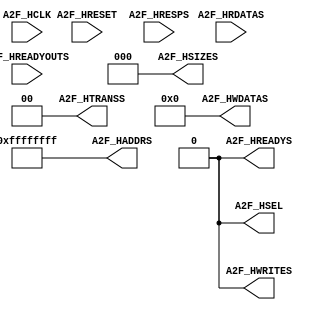

`timescale 1ns/10ps
module ahb_gen_bfm       (

                         A2F_HCLK,
                         A2F_HRESET,

                         A2F_HADDRS,
                         A2F_HSEL,
                         A2F_HTRANSS,
                         A2F_HSIZES,
                         A2F_HWRITES,
                         A2F_HREADYS,
                         A2F_HWDATAS,

                         A2F_HREADYOUTS,
                         A2F_HRESPS,
                         A2F_HRDATAS

			             );

parameter                ADDRWIDTH                   = 32;
parameter                DATAWIDTH                   = 32;

parameter                DEFAULT_AHB_ADDRESS         = {(ADDRWIDTH){1'b1}};

parameter                STD_CLK_DLY                 = 2;

parameter                ENABLE_AHB_REG_WR_DEBUG_MSG = 1'b1;
parameter                ENABLE_AHB_REG_RD_DEBUG_MSG = 1'b1;

parameter                TEST_MSG_ARRAY_SIZE         = (64 * 8);

input                    A2F_HCLK;
input                    A2F_HRESET;

output  [ADDRWIDTH-1:0]  A2F_HADDRS;
output                   A2F_HSEL;
output            [1:0]  A2F_HTRANSS;
output            [2:0]  A2F_HSIZES;
output                   A2F_HWRITES;
output                   A2F_HREADYS;
output  [DATAWIDTH-1:0]  A2F_HWDATAS;

input                    A2F_HREADYOUTS;
input                    A2F_HRESPS;
input   [DATAWIDTH-1:0]  A2F_HRDATAS;


wire                     A2F_HCLK;
wire                     A2F_HRESET;

reg     [ADDRWIDTH-1:0]  A2F_HADDRS;
reg                      A2F_HSEL;
reg               [1:0]  A2F_HTRANSS;
reg               [2:0]  A2F_HSIZES;
reg                      A2F_HWRITES;
reg                      A2F_HREADYS;
reg     [DATAWIDTH-1:0]  A2F_HWDATAS;

wire                     A2F_HREADYOUTS;
wire                     A2F_HRESPS;
wire    [DATAWIDTH-1:0]  A2F_HRDATAS;


reg	   [TEST_MSG_ARRAY_SIZE-1:0]  ahb_bfm_msg1;  
reg	   [TEST_MSG_ARRAY_SIZE-1:0]  ahb_bfm_msg2;  
reg	   [TEST_MSG_ARRAY_SIZE-1:0]  ahb_bfm_msg3;  
reg	   [TEST_MSG_ARRAY_SIZE-1:0]  ahb_bfm_msg4;  
reg    [TEST_MSG_ARRAY_SIZE-1:0]  ahb_bfm_msg5;  
reg    [TEST_MSG_ARRAY_SIZE-1:0]  ahb_bfm_msg6;  

initial
begin

    A2F_HADDRS   <=  DEFAULT_AHB_ADDRESS;  
    A2F_HSEL     <=  1'b0;                 
    A2F_HTRANSS  <=  2'h0;                 
    A2F_HSIZES   <=  3'h0;                 
    A2F_HWRITES  <=  1'b0;                 
    A2F_HREADYS  <=  1'b0;                 
    A2F_HWDATAS  <=  {(DATAWIDTH){1'b0}};  

	ahb_bfm_msg1 <= "NO ACTIVITY";		
	ahb_bfm_msg2 <= "NO ACTIVITY";		
	ahb_bfm_msg3 <= "NO ACTIVITY";		
	ahb_bfm_msg4 <= "NO ACTIVITY";		
    ahb_bfm_msg5 <= "NO ACTIVITY";      
    ahb_bfm_msg6 <= "NO ACTIVITY";      
end

`ifdef GSIM
task ahb_read_al4s3b_fabric;
input   [ADDRWIDTH-1:0]	TARGET_ADDRESS;        
input             [2:0]	TARGET_XFR_SIZE;       
output  [DATAWIDTH-1:0]	TARGET_DATA;           

reg     [DATAWIDTH-1:0]   read_data;

integer i, j, k;

begin

    @(posedge A2F_HCLK) #STD_CLK_DLY;

	ahb_bfm_msg1  = "AHB Single Read";
	ahb_bfm_msg2  = "Address Phase";
	ahb_bfm_msg3  = "SEQ";

    A2F_HADDRS    =  TARGET_ADDRESS;       


    A2F_HSEL      =  1'b1;                 
    A2F_HREADYS   =  1'b1;                 
    A2F_HTRANSS   =  2'h2;                 

    A2F_HSIZES    =  TARGET_XFR_SIZE;      

    A2F_HWRITES   =  1'b0;                 
    A2F_HWDATAS   =  {(DATAWIDTH){1'b0}};  

    @(posedge A2F_HCLK) #STD_CLK_DLY;

	ahb_bfm_msg2  = "Data Phase";
	ahb_bfm_msg3  = "IDLE";
	ahb_bfm_msg4  = "Waiting for Slave";

    A2F_HADDRS    =  DEFAULT_AHB_ADDRESS;  
    A2F_HSEL      =  1'b0;                 
    A2F_HTRANSS   =  2'h0;                 
    A2F_HSIZES    =  3'h0;                 

	while (A2F_HREADYOUTS == 1'b0)
    begin
        @(posedge A2F_HCLK) #STD_CLK_DLY;
    end

    A2F_HREADYS   =  1'b0;             
    TARGET_DATA   = A2F_HRDATAS;       

	ahb_bfm_msg1 <= "NO ACTIVITY";
	ahb_bfm_msg2 <= "NO ACTIVITY";
	ahb_bfm_msg3 <= "NO ACTIVITY";
	ahb_bfm_msg4 <= "NO ACTIVITY";
	ahb_bfm_msg5 <= "NO ACTIVITY";
	ahb_bfm_msg6 <= "NO ACTIVITY";

end
endtask


task ahb_write_al4s3b_fabric;
input   [ADDRWIDTH-1:0]	TARGET_ADDRESS;        
input             [2:0]	TARGET_XFR_SIZE;       
input   [DATAWIDTH-1:0]	TARGET_DATA;           

reg     [DATAWIDTH-1:0]   read_data;

integer i, j, k;

begin

    @(posedge A2F_HCLK) #STD_CLK_DLY;

	ahb_bfm_msg1  = "AHB Single Write";
	ahb_bfm_msg2  = "Address Phase";
	ahb_bfm_msg3  = "SEQ";

    A2F_HADDRS    =  TARGET_ADDRESS;       

    A2F_HSEL      =  1'b1;                 
    A2F_HREADYS   =  1'b1;                 
    A2F_HTRANSS   =  2'h2;                 
	
    A2F_HSIZES    =  TARGET_XFR_SIZE;     

    A2F_HWRITES   =  1'b1;                
    A2F_HWDATAS   =  {(DATAWIDTH){1'b0}}; 

    @(posedge A2F_HCLK) #STD_CLK_DLY;

	ahb_bfm_msg2  = "Data Phase";
	ahb_bfm_msg3  = "IDLE";
	ahb_bfm_msg4  = "Waiting for Slave";

    A2F_HADDRS    =  DEFAULT_AHB_ADDRESS;  
    A2F_HSEL      =  1'b0;                 
    A2F_HTRANSS   =  2'h0;                 
    A2F_HSIZES    =  3'h0;                 
    A2F_HWDATAS   =  TARGET_DATA;          
    A2F_HWRITES   =  1'b0;                 

	while (A2F_HREADYOUTS == 1'b0)
    begin
        @(posedge A2F_HCLK) #STD_CLK_DLY;
    end

    A2F_HREADYS   =  1'b0;             
    TARGET_DATA   = A2F_HRDATAS;       

	ahb_bfm_msg1 <= "NO ACTIVITY";
	ahb_bfm_msg2 <= "NO ACTIVITY";
	ahb_bfm_msg3 <= "NO ACTIVITY";
	ahb_bfm_msg4 <= "NO ACTIVITY";
	ahb_bfm_msg5 <= "NO ACTIVITY";
	ahb_bfm_msg6 <= "NO ACTIVITY";

end
endtask

task ahb_read_word_al4s3b_fabric;
input   [ADDRWIDTH-1:0]	TARGET_ADDRESS;        
output  [DATAWIDTH-1:0]	TARGET_DATA;           

reg     [DATAWIDTH-1:0]   read_data;

integer i, j, k;

begin
	
    wait (A2F_HRESET == 0);
    @(posedge A2F_HCLK) #STD_CLK_DLY;

	ahb_bfm_msg1  = "AHB Single Read";
	ahb_bfm_msg2  = "Address Phase";
	ahb_bfm_msg3  = "SEQ";

    A2F_HADDRS    =  TARGET_ADDRESS;       

    A2F_HSEL      =  1'b1;                
    A2F_HREADYS   =  1'b1;                
    A2F_HTRANSS   =  2'h2;                

    A2F_HSIZES    =  3'b010;               

    A2F_HWRITES   =  1'b0;                 
    A2F_HWDATAS   =  {(DATAWIDTH){1'b0}};  

    @(posedge A2F_HCLK) #STD_CLK_DLY;

	ahb_bfm_msg2  = "Data Phase";
	ahb_bfm_msg3  = "IDLE";
	ahb_bfm_msg4  = "Waiting for Slave";


    A2F_HADDRS    =  DEFAULT_AHB_ADDRESS;  
    A2F_HSEL      =  1'b0;                 
    A2F_HTRANSS   =  2'h0;                 
    A2F_HSIZES    =  3'h0;                 

	while (A2F_HREADYOUTS == 1'b0)
    begin
        @(posedge A2F_HCLK) #STD_CLK_DLY;
    end

    A2F_HREADYS   =  1'b0;             
    TARGET_DATA   = A2F_HRDATAS;       

	ahb_bfm_msg1 <= "NO ACTIVITY";
	ahb_bfm_msg2 <= "NO ACTIVITY";
	ahb_bfm_msg3 <= "NO ACTIVITY";
	ahb_bfm_msg4 <= "NO ACTIVITY";
	ahb_bfm_msg5 <= "NO ACTIVITY";
	ahb_bfm_msg6 <= "NO ACTIVITY";

end
endtask


task ahb_write_word_al4s3b_fabric;
input   [ADDRWIDTH-1:0]	TARGET_ADDRESS;        
input   [DATAWIDTH-1:0]	TARGET_DATA;           

reg     [DATAWIDTH-1:0]   read_data;

integer i, j, k;

begin

	wait (A2F_HRESET == 0);
	
    @(posedge A2F_HCLK) #STD_CLK_DLY;


	ahb_bfm_msg1  = "AHB Single Write";
	ahb_bfm_msg2  = "Address Phase";
	ahb_bfm_msg3  = "SEQ";

    A2F_HADDRS    =  TARGET_ADDRESS;      

    A2F_HSEL      =  1'b1;                
    A2F_HREADYS   =  1'b1;                
    A2F_HTRANSS   =  2'h2;                

    A2F_HSIZES    =  3'b010;               

    A2F_HWRITES   =  1'b1;                 
    A2F_HWDATAS   =  {(DATAWIDTH){1'b0}};  

    @(posedge A2F_HCLK) #STD_CLK_DLY;

	ahb_bfm_msg2  = "Data Phase";
	ahb_bfm_msg3  = "IDLE";
	ahb_bfm_msg4  = "Waiting for Slave";


    A2F_HADDRS    =  DEFAULT_AHB_ADDRESS;  
    A2F_HSEL      =  1'b0;                 
    A2F_HTRANSS   =  2'h0;                 
    A2F_HSIZES    =  3'h0;                 
    A2F_HWDATAS   =  TARGET_DATA;          
    A2F_HWRITES   =  1'b0;                 

	while (A2F_HREADYOUTS == 1'b0)
    begin
        @(posedge A2F_HCLK) #STD_CLK_DLY;
    end

    A2F_HREADYS   =  1'b0;             
    TARGET_DATA   = A2F_HRDATAS;       

	ahb_bfm_msg1 <= "NO ACTIVITY";
	ahb_bfm_msg2 <= "NO ACTIVITY";
	ahb_bfm_msg3 <= "NO ACTIVITY";
	ahb_bfm_msg4 <= "NO ACTIVITY";
	ahb_bfm_msg5 <= "NO ACTIVITY";
	ahb_bfm_msg6 <= "NO ACTIVITY";
	
end
endtask

task ahb_write_al4s3b_fabric_mod;
input   [ADDRWIDTH-1:0]	TARGET_ADDRESS;        
input             [2:0]	TARGET_XFR_SIZE;       
input   [DATAWIDTH-1:0]	TARGET_DATA;           

reg     [DATAWIDTH-1:0]   read_data;

integer i, j, k;

begin

    @(posedge A2F_HCLK) #STD_CLK_DLY;

	ahb_bfm_msg1  = "AHB Single Write";
	ahb_bfm_msg2  = "Address Phase";
	ahb_bfm_msg3  = "SEQ";

    A2F_HADDRS    =  {TARGET_ADDRESS[ADDRWIDTH-1:11],(TARGET_ADDRESS[10:0] << 2)} ;       

    A2F_HSEL      =  1'b1;                
    A2F_HREADYS   =  1'b1;                
    A2F_HTRANSS   =  2'h2;                

    A2F_HSIZES    =  TARGET_XFR_SIZE;    

    A2F_HWRITES   =  1'b1;               
    A2F_HWDATAS   =  {(DATAWIDTH){1'b0}};

    @(posedge A2F_HCLK) #STD_CLK_DLY;

	ahb_bfm_msg2  = "Data Phase";
	ahb_bfm_msg3  = "IDLE";
	ahb_bfm_msg4  = "Waiting for Slave";

    A2F_HADDRS    =  DEFAULT_AHB_ADDRESS;  
    A2F_HSEL      =  1'b0;                 
    A2F_HTRANSS   =  2'h0;                 
    A2F_HSIZES    =  3'h0;                 
    A2F_HWDATAS   =  TARGET_DATA;          
    A2F_HWRITES   =  1'b0;                 

	while (A2F_HREADYOUTS == 1'b0)
    begin
        @(posedge A2F_HCLK) #STD_CLK_DLY;
    end

    A2F_HREADYS   =  1'b0;             
    TARGET_DATA   = A2F_HRDATAS;       

	ahb_bfm_msg1 <= "NO ACTIVITY";
	ahb_bfm_msg2 <= "NO ACTIVITY";
	ahb_bfm_msg3 <= "NO ACTIVITY";
	ahb_bfm_msg4 <= "NO ACTIVITY";
	ahb_bfm_msg5 <= "NO ACTIVITY";
	ahb_bfm_msg6 <= "NO ACTIVITY";

end
endtask


task ahb_read_al4s3b_fabric_mod;
input   [ADDRWIDTH-1:0]	TARGET_ADDRESS;        
input             [2:0]	TARGET_XFR_SIZE;       
output  [DATAWIDTH-1:0]	TARGET_DATA;           

reg     [DATAWIDTH-1:0]   read_data;

integer i, j, k;

begin

    @(posedge A2F_HCLK) #STD_CLK_DLY;

	ahb_bfm_msg1  = "AHB Single Read";
	ahb_bfm_msg2  = "Address Phase";
	ahb_bfm_msg3  = "SEQ";

    A2F_HADDRS    =  {TARGET_ADDRESS[ADDRWIDTH-1:11],(TARGET_ADDRESS[10:0] << 2)} ;       

    A2F_HSEL      =  1'b1;                 
    A2F_HREADYS   =  1'b1;                 
    A2F_HTRANSS   =  2'h2;                 

    A2F_HSIZES    =  TARGET_XFR_SIZE;      

    A2F_HWRITES   =  1'b0;                 
    A2F_HWDATAS   =  {(DATAWIDTH){1'b0}};  

    @(posedge A2F_HCLK) #STD_CLK_DLY;

	ahb_bfm_msg2  = "Data Phase";
	ahb_bfm_msg3  = "IDLE";
	ahb_bfm_msg4  = "Waiting for Slave";

    A2F_HADDRS    =  DEFAULT_AHB_ADDRESS;  
    A2F_HSEL      =  1'b0;                 
    A2F_HTRANSS   =  2'h0;                 
    A2F_HSIZES    =  3'h0;                 

	while (A2F_HREADYOUTS == 1'b0)
    begin
        @(posedge A2F_HCLK) #STD_CLK_DLY;
    end

    A2F_HREADYS   =  1'b0;             
    TARGET_DATA   = A2F_HRDATAS;       

	ahb_bfm_msg1 <= "NO ACTIVITY";
	ahb_bfm_msg2 <= "NO ACTIVITY";
	ahb_bfm_msg3 <= "NO ACTIVITY";
	ahb_bfm_msg4 <= "NO ACTIVITY";
	ahb_bfm_msg5 <= "NO ACTIVITY";
	ahb_bfm_msg6 <= "NO ACTIVITY";

end
endtask
`endif

endmodule

`timescale 1ns/10ps
module	oscillator_s1 
		(

		OSC_CLK_EN,
		OSC_CLK

		);

parameter 		T_CYCLE_CLK = (1000.0/7.3728);

input			OSC_CLK_EN;
output			OSC_CLK;

wire			OSC_CLK_EN;
wire			OSC_CLK;

reg				osc_int_clk;


assign	OSC_CLK = OSC_CLK_EN ? osc_int_clk : 1'bZ;

initial
begin
	osc_int_clk	= 0;	
`ifdef GSIM
	forever				
	begin
		#(T_CYCLE_CLK/2) osc_int_clk = 1;
		#(T_CYCLE_CLK/2) osc_int_clk = 0;
	end 
`endif
end

endmodule

`timescale 1ns/10ps
module sdma_bfm       (

  						sdma_req_i,
						sdma_sreq_i,
						sdma_done_o,
						sdma_active_o

			             );
						 
input    [3:0]  	sdma_req_i;											 
input    [3:0]  	sdma_sreq_i;												 
output   [3:0]  	sdma_done_o;						
output   [3:0]  	sdma_active_o;	

reg [3:0] sdma_done_sig;
reg [3:0] sdma_active_sig;

assign sdma_done_o 		= sdma_done_sig;
assign sdma_active_o 	= sdma_active_sig;

initial 
begin
sdma_done_sig 	<= 4'h0;
sdma_active_sig <= 4'h0;

end

`ifdef GSIM
task drive_dma_active;
input [3:0] dma_active_i;
begin
    sdma_active_sig <= dma_active_i;
	#100;
end
endtask
`endif
endmodule					

`timescale 1ns / 10ps
module ahb2fb_asynbrig_if (

                           A2F_HCLK,       
                           A2F_HRESET,     

                           A2F_HSEL,
                           A2F_HADDRS,
                           A2F_HTRANSS,
                           A2F_HSIZES,
                           A2F_HWRITES,
                           A2F_HREADYS,

                           A2F_HREADYOUTS,
                           A2F_HRESPS,

                           AHB_ASYNC_ADDR_O,
                           AHB_ASYNC_READ_EN_O,
                           AHB_ASYNC_WRITE_EN_O,
                           AHB_ASYNC_BYTE_STROBE_O,

                           AHB_ASYNC_STB_TOGGLE_O,

                           FABRIC_ASYNC_ACK_TOGGLE_I

					       );


    parameter    DATAWIDTH              = 32;
	parameter    APERWIDTH              = 17;

	parameter    STATE_WIDTH            = 1;

	parameter    AHB_ASYNC_IDLE         = 0;
	parameter    AHB_ASYNC_WAIT         = 1;

    input                    A2F_HCLK;       
    input                    A2F_HRESET;     

    input    [APERWIDTH-1:0] A2F_HADDRS;
    input                    A2F_HSEL;
    input              [1:0] A2F_HTRANSS;
    input              [2:0] A2F_HSIZES;
    input                    A2F_HWRITES;
    input                    A2F_HREADYS;

    output                   A2F_HREADYOUTS;
    output                   A2F_HRESPS;

    output   [APERWIDTH-1:0] AHB_ASYNC_ADDR_O;
    output                   AHB_ASYNC_READ_EN_O;
    output                   AHB_ASYNC_WRITE_EN_O;
    output             [3:0] AHB_ASYNC_BYTE_STROBE_O;

    output                   AHB_ASYNC_STB_TOGGLE_O;

    input                    FABRIC_ASYNC_ACK_TOGGLE_I;

    wire                     A2F_HCLK;      
    wire                     A2F_HRESET;    

    wire     [APERWIDTH-1:0] A2F_HADDRS;
    wire                     A2F_HSEL;
    wire               [1:0] A2F_HTRANSS;
    wire               [2:0] A2F_HSIZES;
    wire                     A2F_HWRITES;
    wire                     A2F_HREADYS;

    reg                      A2F_HREADYOUTS;
    reg                      A2F_HREADYOUTS_nxt;

    wire                     A2F_HRESPS;

    reg      [APERWIDTH-1:0] AHB_ASYNC_ADDR_O;
    reg                      AHB_ASYNC_READ_EN_O;
    reg                      AHB_ASYNC_WRITE_EN_O;

    reg                [3:0] AHB_ASYNC_BYTE_STROBE_O;
    reg                [3:0] AHB_ASYNC_BYTE_STROBE_O_nxt;



    reg                      AHB_ASYNC_STB_TOGGLE_O;
    reg                      AHB_ASYNC_STB_TOGGLE_O_nxt;

    wire                     FABRIC_ASYNC_ACK_TOGGLE_I;

    wire                     trans_req;           

	reg    [STATE_WIDTH-1:0] ahb_to_fabric_state;
	reg    [STATE_WIDTH-1:0] ahb_to_fabric_state_nxt;

    reg                      fabric_async_ack_toggle_i_1ff;
    reg                      fabric_async_ack_toggle_i_2ff;
    reg                      fabric_async_ack_toggle_i_3ff;

    wire                     fabric_async_ack;

    assign trans_req        =   A2F_HSEL
	                        &   A2F_HREADYS 
						    &   A2F_HTRANSS[1]; 
                                                

    assign fabric_async_ack = fabric_async_ack_toggle_i_2ff ^ fabric_async_ack_toggle_i_3ff;

    assign A2F_HRESPS       = 1'b0;  

    always @(posedge A2F_HCLK or posedge A2F_HRESET)
    begin
        if (A2F_HRESET)
        begin
	       ahb_to_fabric_state           <=   AHB_ASYNC_IDLE;

           AHB_ASYNC_ADDR_O              <=   {(APERWIDTH){1'b0}}; 
           AHB_ASYNC_READ_EN_O           <=   1'b0;
           AHB_ASYNC_WRITE_EN_O          <=   1'b0;
           AHB_ASYNC_BYTE_STROBE_O       <=   4'b0;

           AHB_ASYNC_STB_TOGGLE_O        <=   1'b0;

           fabric_async_ack_toggle_i_1ff <=   1'b0;
           fabric_async_ack_toggle_i_2ff <=   1'b0;
           fabric_async_ack_toggle_i_3ff <=   1'b0;

           A2F_HREADYOUTS                <=   1'b0;
        end
        else 
        begin
	       ahb_to_fabric_state           <=   ahb_to_fabric_state_nxt;

           if (trans_req)
           begin
               AHB_ASYNC_ADDR_O          <=   A2F_HADDRS[APERWIDTH-1:0];
               AHB_ASYNC_READ_EN_O       <=  ~A2F_HWRITES ;
               AHB_ASYNC_WRITE_EN_O      <=   A2F_HWRITES ;
               AHB_ASYNC_BYTE_STROBE_O   <=   AHB_ASYNC_BYTE_STROBE_O_nxt;
		   end

           AHB_ASYNC_STB_TOGGLE_O        <=   AHB_ASYNC_STB_TOGGLE_O_nxt;

           fabric_async_ack_toggle_i_1ff <=   FABRIC_ASYNC_ACK_TOGGLE_I;
           fabric_async_ack_toggle_i_2ff <=   fabric_async_ack_toggle_i_1ff;
           fabric_async_ack_toggle_i_3ff <=   fabric_async_ack_toggle_i_2ff;

           A2F_HREADYOUTS                <=   A2F_HREADYOUTS_nxt;
        end
    end

    always @(A2F_HSIZES or A2F_HADDRS)
    begin
        case(A2F_HSIZES)
        3'b000:                                
        begin
           case(A2F_HADDRS[1:0])
           2'b00:    AHB_ASYNC_BYTE_STROBE_O_nxt <= 4'b0001;
           2'b01:    AHB_ASYNC_BYTE_STROBE_O_nxt <= 4'b0010;
           2'b10:    AHB_ASYNC_BYTE_STROBE_O_nxt <= 4'b0100;
           2'b11:    AHB_ASYNC_BYTE_STROBE_O_nxt <= 4'b1000;
           default:  AHB_ASYNC_BYTE_STROBE_O_nxt <= 4'b0000;
           endcase
        end
        3'b001:                                 
        begin
            case(A2F_HADDRS[1])
            1'b0:    AHB_ASYNC_BYTE_STROBE_O_nxt <= 4'b0011;
            1'b1:    AHB_ASYNC_BYTE_STROBE_O_nxt <= 4'b1100;
            default: AHB_ASYNC_BYTE_STROBE_O_nxt <= 4'b0000;
	        endcase
        end
        default:     AHB_ASYNC_BYTE_STROBE_O_nxt <= 4'b1111; 
        endcase
    end

    always @(
            trans_req              or
            fabric_async_ack       or
            AHB_ASYNC_STB_TOGGLE_O or
            ahb_to_fabric_state
    )
    begin
	    case(ahb_to_fabric_state)
	    AHB_ASYNC_IDLE:
        begin
            case(trans_req)
            1'b0:  
            begin
	            ahb_to_fabric_state_nxt    <=  AHB_ASYNC_IDLE;
                A2F_HREADYOUTS_nxt         <=  1'b1;
                AHB_ASYNC_STB_TOGGLE_O_nxt <=  AHB_ASYNC_STB_TOGGLE_O;
            end 
            1'b1: 
            begin
	            ahb_to_fabric_state_nxt    <=  AHB_ASYNC_WAIT;
                A2F_HREADYOUTS_nxt         <=  1'b0;
                AHB_ASYNC_STB_TOGGLE_O_nxt <= ~AHB_ASYNC_STB_TOGGLE_O;
            end 
            endcase
        end
	    AHB_ASYNC_WAIT:
        begin
            AHB_ASYNC_STB_TOGGLE_O_nxt     <=  AHB_ASYNC_STB_TOGGLE_O;

            case(fabric_async_ack)
            1'b0:  
            begin
	            ahb_to_fabric_state_nxt    <=  AHB_ASYNC_WAIT;
                A2F_HREADYOUTS_nxt         <=  1'b0;
            end 
            1'b1:  
            begin
	            ahb_to_fabric_state_nxt    <=  AHB_ASYNC_IDLE;
                A2F_HREADYOUTS_nxt         <=  1'b1;
            end 
            endcase
        end
        default:        
        begin
	        ahb_to_fabric_state_nxt        <=  AHB_ASYNC_IDLE;
            A2F_HREADYOUTS_nxt             <=  1'b0;
            AHB_ASYNC_STB_TOGGLE_O_nxt     <=  AHB_ASYNC_STB_TOGGLE_O;
        end
        endcase
    end
    
endmodule

`timescale 1ns / 10ps
module fb2ahb_asynbrig_if (

                           A2F_HRDATAS,

                           AHB_ASYNC_READ_EN_I,
                           AHB_ASYNC_WRITE_EN_I,
                           AHB_ASYNC_BYTE_STROBE_I,

                           AHB_ASYNC_STB_TOGGLE_I,

                           WB_CLK_I,
                           WB_RST_I,
                           WB_ACK_I,
                           WB_DAT_I,
    
                           WB_CYC_O,
                           WB_BYTE_STB_O,
                           WB_WE_O,
                           WB_RD_O,
                           WB_STB_O,

                           FABRIC_ASYNC_ACK_TOGGLE_O

					       );


    parameter    DATAWIDTH              = 32;

	parameter    STATE_WIDTH            = 1;

	parameter    FAB_ASYNC_IDLE         = 0;
	parameter    FAB_ASYNC_WAIT         = 1;

    output   [DATAWIDTH-1:0] A2F_HRDATAS;

    input                    AHB_ASYNC_READ_EN_I;
    input                    AHB_ASYNC_WRITE_EN_I;
    input              [3:0] AHB_ASYNC_BYTE_STROBE_I;

    input                    AHB_ASYNC_STB_TOGGLE_I;


    input                    WB_CLK_I;
    input                    WB_RST_I;
    input                    WB_ACK_I;
    input    [DATAWIDTH-1:0] WB_DAT_I;
    
    output                   WB_CYC_O;
    output             [3:0] WB_BYTE_STB_O;
    output                   WB_WE_O;
    output                   WB_RD_O;
    output                   WB_STB_O;

    output                   FABRIC_ASYNC_ACK_TOGGLE_O;


    reg      [DATAWIDTH-1:0] A2F_HRDATAS;
    reg      [DATAWIDTH-1:0] A2F_HRDATAS_nxt;

    wire                     AHB_ASYNC_READ_EN_I;
    wire                     AHB_ASYNC_WRITE_EN_I;

    wire               [3:0] AHB_ASYNC_BYTE_STROBE_I;

    wire                     AHB_ASYNC_STB_TOGGLE_I;


    wire                     WB_CLK_I;
    wire                     WB_RST_I;
    wire                     WB_ACK_I;
    
    reg                      WB_CYC_O;
    reg                      WB_CYC_O_nxt;

    reg                [3:0] WB_BYTE_STB_O;
    reg                [3:0] WB_BYTE_STB_O_nxt;

    reg                      WB_WE_O;
    reg                      WB_WE_O_nxt;

    reg                      WB_RD_O;
    reg                      WB_RD_O_nxt;

    reg                      WB_STB_O;
    reg                      WB_STB_O_nxt;

    reg                      FABRIC_ASYNC_ACK_TOGGLE_O;
    reg                      FABRIC_ASYNC_ACK_TOGGLE_O_nxt;

	reg    [STATE_WIDTH-1:0] fabric_to_ahb_state;
	reg    [STATE_WIDTH-1:0] fabric_to_ahb_state_nxt;

    reg                      ahb_async_stb_toggle_i_1ff;
    reg                      ahb_async_stb_toggle_i_2ff;
    reg                      ahb_async_stb_toggle_i_3ff;

    wire                     ahb_async_stb;

    assign ahb_async_stb = ahb_async_stb_toggle_i_2ff ^ ahb_async_stb_toggle_i_3ff;

    always @(posedge WB_CLK_I or posedge WB_RST_I)
    begin
        if (WB_RST_I)
        begin
	        fabric_to_ahb_state         <= FAB_ASYNC_IDLE;

            A2F_HRDATAS                 <= {(DATAWIDTH){1'b0}};

            WB_CYC_O                    <= 1'b0;
            WB_BYTE_STB_O               <= 4'b0;
            WB_WE_O                     <= 1'b0;
            WB_RD_O                     <= 1'b0;
            WB_STB_O                    <= 1'b0;

            FABRIC_ASYNC_ACK_TOGGLE_O   <= 1'b0;

            ahb_async_stb_toggle_i_1ff  <= 1'b0;
            ahb_async_stb_toggle_i_2ff  <= 1'b0;
            ahb_async_stb_toggle_i_3ff  <= 1'b0;

        end
        else 
        begin

	        fabric_to_ahb_state         <=  fabric_to_ahb_state_nxt;

            A2F_HRDATAS                 <=  A2F_HRDATAS_nxt;

            WB_CYC_O                    <=  WB_CYC_O_nxt;
            WB_BYTE_STB_O               <=  WB_BYTE_STB_O_nxt;
            WB_WE_O                     <=  WB_WE_O_nxt;
            WB_RD_O                     <=  WB_RD_O_nxt;
            WB_STB_O                    <=  WB_STB_O_nxt;

            FABRIC_ASYNC_ACK_TOGGLE_O   <=  FABRIC_ASYNC_ACK_TOGGLE_O_nxt;

            ahb_async_stb_toggle_i_1ff  <=  AHB_ASYNC_STB_TOGGLE_I;
            ahb_async_stb_toggle_i_2ff  <=  ahb_async_stb_toggle_i_1ff;
            ahb_async_stb_toggle_i_3ff  <=  ahb_async_stb_toggle_i_2ff;

        end
    end

    always @(
            ahb_async_stb             or
            AHB_ASYNC_READ_EN_I       or
            AHB_ASYNC_WRITE_EN_I      or
            AHB_ASYNC_BYTE_STROBE_I   or
            A2F_HRDATAS               or
            WB_ACK_I                  or
            WB_DAT_I                  or
            WB_CYC_O                  or
            WB_BYTE_STB_O             or
            WB_WE_O                   or
            WB_RD_O                   or
            WB_STB_O                  or
            FABRIC_ASYNC_ACK_TOGGLE_O or
            fabric_to_ahb_state
    )
    begin
	    case(fabric_to_ahb_state)
	    FAB_ASYNC_IDLE:
        begin
            FABRIC_ASYNC_ACK_TOGGLE_O_nxt     <=  FABRIC_ASYNC_ACK_TOGGLE_O;
            A2F_HRDATAS_nxt                   <=  A2F_HRDATAS;

            case(ahb_async_stb)
            1'b0:  
            begin
	            fabric_to_ahb_state_nxt       <=  FAB_ASYNC_IDLE;

                WB_CYC_O_nxt                  <=  1'b0;
                WB_BYTE_STB_O_nxt             <=  4'b0;
                WB_WE_O_nxt                   <=  1'b0;
                WB_RD_O_nxt                   <=  1'b0;
                WB_STB_O_nxt                  <=  1'b0;

            end 
            1'b1: 
            begin
	            fabric_to_ahb_state_nxt       <=  FAB_ASYNC_WAIT;

                WB_CYC_O_nxt                  <=  1'b1;
                WB_BYTE_STB_O_nxt             <=  AHB_ASYNC_BYTE_STROBE_I;
                WB_WE_O_nxt                   <=  AHB_ASYNC_WRITE_EN_I;
                WB_RD_O_nxt                   <=  AHB_ASYNC_READ_EN_I;
                WB_STB_O_nxt                  <=  1'b1;

            end 
            endcase
        end
	    FAB_ASYNC_WAIT:
        begin

            case(WB_ACK_I)
            1'b0:  
            begin
	            fabric_to_ahb_state_nxt       <=  FAB_ASYNC_WAIT;

                A2F_HRDATAS_nxt               <=  A2F_HRDATAS;

                WB_CYC_O_nxt                  <=  WB_CYC_O;
                WB_BYTE_STB_O_nxt             <=  WB_BYTE_STB_O;
                WB_WE_O_nxt                   <=  WB_WE_O;
                WB_RD_O_nxt                   <=  WB_RD_O;
                WB_STB_O_nxt                  <=  WB_STB_O;

                FABRIC_ASYNC_ACK_TOGGLE_O_nxt <=  FABRIC_ASYNC_ACK_TOGGLE_O;
            end 
            1'b1:  
            begin
	            fabric_to_ahb_state_nxt       <=  FAB_ASYNC_IDLE;

                A2F_HRDATAS_nxt               <=  WB_DAT_I;

                WB_CYC_O_nxt                  <=  1'b0;
                WB_BYTE_STB_O_nxt             <=  4'b0;
                WB_WE_O_nxt                   <=  1'b0;
                WB_RD_O_nxt                   <=  1'b0;
                WB_STB_O_nxt                  <=  1'b0;

                FABRIC_ASYNC_ACK_TOGGLE_O_nxt <= ~FABRIC_ASYNC_ACK_TOGGLE_O;
            end 
            endcase
        end
        default:        
        begin
	        fabric_to_ahb_state_nxt           <=  FAB_ASYNC_IDLE;

            A2F_HRDATAS_nxt                   <=  A2F_HRDATAS;

            WB_CYC_O_nxt                      <=  1'b0;
            WB_BYTE_STB_O_nxt                 <=  4'b0;
            WB_WE_O_nxt                       <=  1'b0;
            WB_RD_O_nxt                       <=  1'b0;
            WB_STB_O_nxt                      <=  1'b0;

            FABRIC_ASYNC_ACK_TOGGLE_O_nxt     <=  FABRIC_ASYNC_ACK_TOGGLE_O;
        end
        endcase
    end
    
endmodule

`timescale 1ns / 10ps
module ahb2fb_asynbrig (

                           A2F_HCLK,
                           A2F_HRESET,

                           A2F_HADDRS,
                           A2F_HSEL,
                           A2F_HTRANSS,
                           A2F_HSIZES,
                           A2F_HWRITES,
                           A2F_HREADYS,
                           A2F_HWDATAS,

                           A2F_HREADYOUTS,
                           A2F_HRESPS,
                           A2F_HRDATAS,

                           WB_CLK_I,
                           WB_RST_I,
                           WB_DAT_I,
                           WB_ACK_I,

                           WB_ADR_O,
                           WB_CYC_O,
                           WB_BYTE_STB_O,
                           WB_WE_O,
                           WB_RD_O,
                           WB_STB_O,
                           WB_DAT_O

				         );

    parameter    ADDRWIDTH              = 32;
    parameter    DATAWIDTH              = 32;
	parameter    APERWIDTH              = 17;


    input                    A2F_HCLK;      
    input                    A2F_HRESET;    

    input    [ADDRWIDTH-1:0] A2F_HADDRS;
    input                    A2F_HSEL;
    input              [1:0] A2F_HTRANSS;
    input              [2:0] A2F_HSIZES;
    input                    A2F_HWRITES;
    input                    A2F_HREADYS;
    input    [DATAWIDTH-1:0] A2F_HWDATAS;

    output                   A2F_HREADYOUTS;
    output                   A2F_HRESPS;
    output   [DATAWIDTH-1:0] A2F_HRDATAS;

    input                    WB_CLK_I;       
    input                    WB_RST_I;       
    input    [DATAWIDTH-1:0] WB_DAT_I;       
    input                    WB_ACK_I;       
    
    output   [APERWIDTH-1:0] WB_ADR_O;       
    output                   WB_CYC_O;       
    output             [3:0] WB_BYTE_STB_O;  
    output                   WB_WE_O;        
    output                   WB_RD_O;        
    output                   WB_STB_O;       
    output   [DATAWIDTH-1:0] WB_DAT_O;       


    wire                     A2F_HCLK;       
    wire                     A2F_HRESET;     

    wire     [ADDRWIDTH-1:0] A2F_HADDRS;
    wire                     A2F_HSEL;
    wire               [1:0] A2F_HTRANSS;
    wire               [2:0] A2F_HSIZES;
    wire                     A2F_HWRITES;
    wire                     A2F_HREADYS;
    wire     [DATAWIDTH-1:0] A2F_HWDATAS;

    wire                     A2F_HREADYOUTS;
    wire                     A2F_HRESPS;
    wire     [DATAWIDTH-1:0] A2F_HRDATAS;

    wire                     WB_CLK_I;        
    wire                     WB_RST_I;        
    wire     [DATAWIDTH-1:0] WB_DAT_I;        
    wire                     WB_ACK_I;        
    
    wire     [APERWIDTH-1:0] WB_ADR_O;        
    wire                     WB_CYC_O;        
    wire               [3:0] WB_BYTE_STB_O;   
    wire                     WB_WE_O;         
    wire                     WB_RD_O;         
    wire                     WB_STB_O;        
    wire     [DATAWIDTH-1:0] WB_DAT_O;        

    wire     [APERWIDTH-1:0] ahb_async_addr;
    wire                     ahb_async_read_en;
    wire                     ahb_async_write_en;
    wire               [3:0] ahb_async_byte_strobe;

    wire                     ahb_async_stb_toggle;

    wire                     fabric_async_ack_toggle;

    assign WB_DAT_O    =  A2F_HWDATAS;

    assign WB_ADR_O    =  ahb_async_addr;

	ahb2fb_asynbrig_if         
	                                   #(

      .DATAWIDTH                        ( DATAWIDTH                           ),
      .APERWIDTH                        ( APERWIDTH                           )

                                        )
      u_FFE_ahb_to_fabric_async_bridge_interface         
                                        (
      .A2F_HCLK                         ( A2F_HCLK                            ),
      .A2F_HRESET                       ( A2F_HRESET                          ),

      .A2F_HSEL                         ( A2F_HSEL                            ),
      .A2F_HADDRS                       ( A2F_HADDRS[APERWIDTH-1:0]           ),
      .A2F_HTRANSS                      ( A2F_HTRANSS                         ),
      .A2F_HSIZES                       ( A2F_HSIZES                          ),
      .A2F_HWRITES                      ( A2F_HWRITES                         ),
      .A2F_HREADYS                      ( A2F_HREADYS                         ),

      .A2F_HREADYOUTS                   ( A2F_HREADYOUTS                      ),
      .A2F_HRESPS                       ( A2F_HRESPS                          ),

      .AHB_ASYNC_ADDR_O                 ( ahb_async_addr                      ),
      .AHB_ASYNC_READ_EN_O              ( ahb_async_read_en                   ),
      .AHB_ASYNC_WRITE_EN_O             ( ahb_async_write_en                  ),
      .AHB_ASYNC_BYTE_STROBE_O          ( ahb_async_byte_strobe               ),
      .AHB_ASYNC_STB_TOGGLE_O           ( ahb_async_stb_toggle                ),

	  .FABRIC_ASYNC_ACK_TOGGLE_I        (fabric_async_ack_toggle              )

      );


    fb2ahb_asynbrig_if      u_FFE_fabric_to_ahb_async_bridge_interface         
                                        (
      .A2F_HRDATAS                      ( A2F_HRDATAS                         ),

      .AHB_ASYNC_READ_EN_I              ( ahb_async_read_en                   ),
      .AHB_ASYNC_WRITE_EN_I             ( ahb_async_write_en                  ),
      .AHB_ASYNC_BYTE_STROBE_I          ( ahb_async_byte_strobe               ),
      .AHB_ASYNC_STB_TOGGLE_I           ( ahb_async_stb_toggle                ),

      .WB_CLK_I                         ( WB_CLK_I                            ), 
      .WB_RST_I                         ( WB_RST_I                            ), 
      .WB_ACK_I                         ( WB_ACK_I                            ), 
      .WB_DAT_I                         ( WB_DAT_I                            ), 
    
      .WB_CYC_O                         ( WB_CYC_O                            ), 
      .WB_BYTE_STB_O                    ( WB_BYTE_STB_O                       ), 
      .WB_WE_O                          ( WB_WE_O                             ), 
      .WB_RD_O                          ( WB_RD_O                             ), 
      .WB_STB_O                         ( WB_STB_O                            ), 

	  .FABRIC_ASYNC_ACK_TOGGLE_O        (fabric_async_ack_toggle              )

      );
endmodule


`timescale 1ns/10ps
module qlal4s3b_cell_macro_bfm (

                WBs_ADR,
                WBs_CYC,
                WBs_BYTE_STB,
                WBs_WE,
                WBs_RD, 
                WBs_STB,
                WBs_WR_DAT,
                WB_CLK,
                WB_RST,
                WBs_RD_DAT,
                WBs_ACK,
  
                SDMA_Req,
                SDMA_Sreq,
                SDMA_Done,
                SDMA_Active,

                FB_msg_out,
                FB_Int_Clr,
                FB_Start,
                FB_Busy,

                Sys_Clk0,
                Sys_Clk0_Rst,
                Sys_Clk1,
                Sys_Clk1_Rst,
 
                Sys_PKfb_Clk,
                Sys_PKfb_Rst,
                FB_PKfbData,
                FB_PKfbPush,
                FB_PKfbSOF,
                FB_PKfbEOF,
                FB_PKfbOverflow,

                Sensor_Int,
                TimeStamp,

                Sys_Pclk,
                Sys_Pclk_Rst,
                Sys_PSel,
                SPIm_Paddr,
                SPIm_PEnable,
                SPIm_PWrite,
                SPIm_PWdata,
                SPIm_Prdata,
                SPIm_PReady,
                SPIm_PSlvErr,

                Device_ID,

                FBIO_In,
                FBIO_In_En,
                FBIO_Out,
                FBIO_Out_En,

                SFBIO,
                Device_ID_6S,
                Device_ID_4S,
                SPIm_PWdata_26S,
                SPIm_PWdata_24S,
                SPIm_PWdata_14S,
                SPIm_PWdata_11S,
                SPIm_PWdata_0S,
                SPIm_Paddr_8S,
                SPIm_Paddr_6S,
                FB_PKfbPush_1S,
                FB_PKfbData_31S,
                FB_PKfbData_21S,
                FB_PKfbData_19S,
                FB_PKfbData_9S,
                FB_PKfbData_6S,
                Sys_PKfb_ClkS,
                FB_BusyS,
                WB_CLKS
                );

output  [16:0]  WBs_ADR;
output          WBs_CYC;
output   [3:0]  WBs_BYTE_STB;
output          WBs_WE;
output          WBs_RD;
output          WBs_STB;
output  [31:0]  WBs_WR_DAT;
input           WB_CLK;
output          WB_RST;
input   [31:0]  WBs_RD_DAT;
input           WBs_ACK;

input    [3:0]  SDMA_Req;
input    [3:0]  SDMA_Sreq;
output   [3:0]  SDMA_Done;
output   [3:0]  SDMA_Active;

input    [3:0]  FB_msg_out;
input    [7:0]  FB_Int_Clr;
output          FB_Start;
input           FB_Busy;

output          Sys_Clk0;
output          Sys_Clk0_Rst;
output          Sys_Clk1;
output          Sys_Clk1_Rst;

input           Sys_PKfb_Clk;
output          Sys_PKfb_Rst;
input   [31:0]  FB_PKfbData;
input    [3:0]  FB_PKfbPush;
input           FB_PKfbSOF;
input           FB_PKfbEOF;
output          FB_PKfbOverflow;

output   [7:0]  Sensor_Int;
output  [23:0]  TimeStamp;

output          Sys_Pclk;
output          Sys_Pclk_Rst;
input           Sys_PSel;
input   [15:0]  SPIm_Paddr;
input           SPIm_PEnable;
input           SPIm_PWrite;
input   [31:0]  SPIm_PWdata;
output  [31:0]  SPIm_Prdata;
output          SPIm_PReady;
output          SPIm_PSlvErr;

input   [15:0]  Device_ID;

output  [13:0]  FBIO_In;
input   [13:0]  FBIO_In_En;
input   [13:0]  FBIO_Out;
input   [13:0]  FBIO_Out_En;

inout   [13:0]  SFBIO;
input           Device_ID_6S; 
input           Device_ID_4S; 
input           SPIm_PWdata_26S; 
input           SPIm_PWdata_24S;  
input           SPIm_PWdata_14S; 
input           SPIm_PWdata_11S; 
input           SPIm_PWdata_0S; 
input           SPIm_Paddr_8S; 
input           SPIm_Paddr_6S; 
input           FB_PKfbPush_1S; 
input           FB_PKfbData_31S; 
input           FB_PKfbData_21S;
input           FB_PKfbData_19S;
input           FB_PKfbData_9S;
input           FB_PKfbData_6S;
input           Sys_PKfb_ClkS;
input           FB_BusyS;
input           WB_CLKS;


wire    [16:0]  WBs_ADR;
wire            WBs_CYC;
wire     [3:0]  WBs_BYTE_STB;
wire            WBs_WE;
wire            WBs_RD;
wire            WBs_STB;
wire    [31:0]  WBs_WR_DAT;
wire            WB_CLK;
reg             WB_RST;
wire    [31:0]  WBs_RD_DAT;
wire            WBs_ACK;

wire     [3:0]  SDMA_Req;
wire     [3:0]  SDMA_Sreq;
wire      [3:0]  SDMA_Done;
wire      [3:0]  SDMA_Active;

wire     [3:0]  FB_msg_out;
wire     [7:0]  FB_Int_Clr;
reg             FB_Start;
wire            FB_Busy;

wire            Sys_Clk0;
reg             Sys_Clk0_Rst;
wire            Sys_Clk1;
reg             Sys_Clk1_Rst;

wire            Sys_PKfb_Clk;
reg             Sys_PKfb_Rst;
wire    [31:0]  FB_PKfbData;
wire     [3:0]  FB_PKfbPush;
wire            FB_PKfbSOF;
wire            FB_PKfbEOF;
reg             FB_PKfbOverflow;

reg      [7:0]  Sensor_Int;
reg     [23:0]  TimeStamp;

reg             Sys_Pclk;
reg             Sys_Pclk_Rst;
wire            Sys_PSel;

wire    [15:0]  SPIm_Paddr;
wire            SPIm_PEnable;
wire            SPIm_PWrite;
wire    [31:0]  SPIm_PWdata;
reg     [31:0]  SPIm_Prdata;
reg             SPIm_PReady;
reg             SPIm_PSlvErr;

wire    [15:0]  Device_ID;

reg     [13:0]  FBIO_In;
wire    [13:0]  FBIO_In_En;
wire    [13:0]  FBIO_Out;
wire    [13:0]  FBIO_Out_En;

wire    [13:0]  SFBIO;
wire            Device_ID_6S; 
wire            Device_ID_4S; 

wire            SPIm_PWdata_26S; 
wire            SPIm_PWdata_24S;  
wire            SPIm_PWdata_14S; 
wire            SPIm_PWdata_11S; 
wire            SPIm_PWdata_0S; 
wire            SPIm_Paddr_8S; 
wire            SPIm_Paddr_6S; 

wire            FB_PKfbPush_1S; 
wire            FB_PKfbData_31S; 
wire            FB_PKfbData_21S;
wire            FB_PKfbData_19S;
wire            FB_PKfbData_9S;
wire            FB_PKfbData_6S;
wire            Sys_PKfb_ClkS;

wire            FB_BusyS;
wire            WB_CLKS;

parameter       ADDRWIDTH                   = 32;
parameter       DATAWIDTH                   = 32;
parameter       APERWIDTH                   = 17;

parameter       ENABLE_AHB_REG_WR_DEBUG_MSG = 1'b1;
parameter       ENABLE_AHB_REG_RD_DEBUG_MSG = 1'b1; 

parameter       T_CYCLE_CLK_SYS_CLK0        = 135.63;//200;
parameter       T_CYCLE_CLK_SYS_CLK1        = 650;
parameter       T_CYCLE_CLK_A2F_HCLK        = (1000.0/(80.0/12)) ; 

parameter       SYS_CLK0_RESET_LOOP         = 7.3728;//5;
parameter       SYS_CLK1_RESET_LOOP         = 5;
parameter       WB_CLK_RESET_LOOP           = 5;
parameter       A2F_HCLK_RESET_LOOP         = 5;

integer         Sys_Clk0_Reset_Loop_Cnt;
integer         Sys_Clk1_Reset_Loop_Cnt;
integer         WB_CLK_Reset_Loop_Cnt;
integer         A2F_HCLK_Reset_Loop_Cnt;


wire            A2F_HCLK;
reg             A2F_HRESET;

wire    [31:0]  A2F_HADDRS;
wire            A2F_HSEL;
wire     [1:0]  A2F_HTRANSS;
wire     [2:0]  A2F_HSIZES;
wire            A2F_HWRITES;
wire            A2F_HREADYS;
wire    [31:0]  A2F_HWDATAS;

wire            A2F_HREADYOUTS;
wire            A2F_HRESPS;
wire    [31:0]  A2F_HRDATAS;

initial
begin

    Sys_Clk0_Rst  <= 1'b1;
`ifdef GSIM
    for (Sys_Clk0_Reset_Loop_Cnt = 0; 
	     Sys_Clk0_Reset_Loop_Cnt < SYS_CLK0_RESET_LOOP; 
         Sys_Clk0_Reset_Loop_Cnt = Sys_Clk0_Reset_Loop_Cnt + 1)
    begin
        wait (Sys_Clk0 == 1'b1) #1;
        wait (Sys_Clk0 == 1'b0) #1;
    end

    wait (Sys_Clk0 == 1'b1) #1;
`endif
    Sys_Clk0_Rst  <= 1'b0;

end

initial
begin

    Sys_Clk1_Rst  <= 1'b1;
`ifdef GSIM
    for (Sys_Clk1_Reset_Loop_Cnt = 0; 
	     Sys_Clk1_Reset_Loop_Cnt < SYS_CLK1_RESET_LOOP; 
         Sys_Clk1_Reset_Loop_Cnt = Sys_Clk1_Reset_Loop_Cnt + 1)
    begin
        wait (Sys_Clk1 == 1'b1) #1;
        wait (Sys_Clk1 == 1'b0) #1;
    end

    wait (Sys_Clk1 == 1'b1) #1;
`endif
    Sys_Clk1_Rst  <= 1'b0;

end

initial
begin

    WB_RST  <= 1'b1;
`ifdef GSIM
    for (WB_CLK_Reset_Loop_Cnt = 0; 
	     WB_CLK_Reset_Loop_Cnt < WB_CLK_RESET_LOOP; 
         WB_CLK_Reset_Loop_Cnt = WB_CLK_Reset_Loop_Cnt + 1)
    begin
        wait (WB_CLK == 1'b1) #1;
        wait (WB_CLK == 1'b0) #1;
    end

    wait (WB_CLK == 1'b1) #1;
`endif
    WB_RST  <= 1'b0;

end

initial
begin

    A2F_HRESET  <= 1'b1;
`ifdef GSIM
    for (A2F_HCLK_Reset_Loop_Cnt = 0; 
	     A2F_HCLK_Reset_Loop_Cnt < A2F_HCLK_RESET_LOOP; 
         A2F_HCLK_Reset_Loop_Cnt = A2F_HCLK_Reset_Loop_Cnt + 1)
    begin
        wait (A2F_HCLK == 1'b1) #1;
        wait (A2F_HCLK == 1'b0) #1;
    end

    wait (A2F_HCLK == 1'b1) #1;
`endif
    A2F_HRESET  <= 1'b0;

end

initial
begin

    FB_Start        <=  1'b0;

    Sys_PKfb_Rst    <=  1'b0;
    FB_PKfbOverflow <=  1'b0;

    Sensor_Int      <=  8'h0;
    TimeStamp       <= 24'h0;

    Sys_Pclk        <=  1'b0;
    Sys_Pclk_Rst    <=  1'b0;

    SPIm_Prdata     <= 32'h0;
    SPIm_PReady     <=  1'b0;
    SPIm_PSlvErr    <=  1'b0;

    FBIO_In         <= 14'h0;

end

ahb2fb_asynbrig 
                                #(
    .ADDRWIDTH                   ( ADDRWIDTH                   ),
    .DATAWIDTH                   ( DATAWIDTH                   ),
	.APERWIDTH                   ( APERWIDTH                   )
	                             )
    u_ffe_ahb_to_fabric_async_bridge 
                                 (

    .A2F_HCLK                    ( A2F_HCLK                    ),
    .A2F_HRESET                  ( A2F_HRESET                  ),

    .A2F_HADDRS                  ( A2F_HADDRS                  ),
    .A2F_HSEL                    ( A2F_HSEL                    ),
    .A2F_HTRANSS                 ( A2F_HTRANSS                 ),
    .A2F_HSIZES                  ( A2F_HSIZES                  ),
    .A2F_HWRITES                 ( A2F_HWRITES                 ),
    .A2F_HREADYS                 ( A2F_HREADYS                 ),
    .A2F_HWDATAS                 ( A2F_HWDATAS                 ),

    .A2F_HREADYOUTS              ( A2F_HREADYOUTS              ),
    .A2F_HRESPS                  ( A2F_HRESPS                  ),
    .A2F_HRDATAS                 ( A2F_HRDATAS                 ),

    .WB_CLK_I                    ( WB_CLK                      ),
    .WB_RST_I                    ( WB_RST                      ),
    .WB_DAT_I                    ( WBs_RD_DAT                  ),
    .WB_ACK_I                    ( WBs_ACK                     ),

    .WB_ADR_O                    ( WBs_ADR                     ),
    .WB_CYC_O                    ( WBs_CYC                     ),
    .WB_BYTE_STB_O               ( WBs_BYTE_STB                ),
    .WB_WE_O                     ( WBs_WE                      ),
    .WB_RD_O                     ( WBs_RD                      ),
    .WB_STB_O                    ( WBs_STB                     ),
    .WB_DAT_O                    ( WBs_WR_DAT                  )

    );


ahb_gen_bfm
                                #(
    .ADDRWIDTH                   ( ADDRWIDTH                   ),
    .DATAWIDTH                   ( DATAWIDTH                   ),
	.DEFAULT_AHB_ADDRESS         ( {(ADDRWIDTH){1'b1}}         ),
	.STD_CLK_DLY                 ( 2                           ),
    .ENABLE_AHB_REG_WR_DEBUG_MSG ( ENABLE_AHB_REG_WR_DEBUG_MSG ),
    .ENABLE_AHB_REG_RD_DEBUG_MSG ( ENABLE_AHB_REG_RD_DEBUG_MSG )
                                 )
    u_ahb_gen_bfm
                                 (
    .A2F_HCLK                    ( A2F_HCLK                    ),
    .A2F_HRESET                  ( A2F_HRESET                  ),

    .A2F_HADDRS                  ( A2F_HADDRS                  ),
    .A2F_HSEL                    ( A2F_HSEL                    ),
    .A2F_HTRANSS                 ( A2F_HTRANSS                 ),
    .A2F_HSIZES                  ( A2F_HSIZES                  ),
    .A2F_HWRITES                 ( A2F_HWRITES                 ),
    .A2F_HREADYS                 ( A2F_HREADYS                 ),
    .A2F_HWDATAS                 ( A2F_HWDATAS                 ),

    .A2F_HREADYOUTS              ( A2F_HREADYOUTS              ),
    .A2F_HRESPS                  ( A2F_HRESPS                  ),
    .A2F_HRDATAS                 ( A2F_HRDATAS                 )

    );

oscillator_s1 #(.T_CYCLE_CLK (T_CYCLE_CLK_SYS_CLK0)) u_osc_sys_clk0   (.OSC_CLK_EN (1'b1), .OSC_CLK (Sys_Clk0));
oscillator_s1 #(.T_CYCLE_CLK (T_CYCLE_CLK_SYS_CLK1)) u_osc_sys_clk1   (.OSC_CLK_EN (1'b1), .OSC_CLK (Sys_Clk1));
oscillator_s1 #(.T_CYCLE_CLK (T_CYCLE_CLK_A2F_HCLK)) u_osc_a2f_hclk   (.OSC_CLK_EN (1'b1), .OSC_CLK (A2F_HCLK));

sdma_bfm sdma_bfm_inst0 (
							.sdma_req_i			( SDMA_Req),
                            .sdma_sreq_i		( SDMA_Sreq),
                            .sdma_done_o		( SDMA_Done),
                            .sdma_active_o		( SDMA_Active)
						);



endmodule 

`timescale 1ns/10ps
(* whitebox *)
(* keep *)
module ASSP(
    input	WB_CLK,
    input	WBs_ACK,
    input	[31:0]WBs_RD_DAT,
    output	[3:0]WBs_BYTE_STB,
    output	WBs_CYC,
    output	WBs_WE,
    output	WBs_RD,
    output	WBs_STB,
    output	[16:0]WBs_ADR,
    input	[3:0]SDMA_Req,
    input	[3:0]SDMA_Sreq,
    output	[3:0]SDMA_Done,
    output	[3:0]SDMA_Active,
    input	[3:0]FB_msg_out,
    input	[7:0]FB_Int_Clr,
    output	FB_Start,
    input	FB_Busy,
    output	WB_RST,
    output	Sys_PKfb_Rst,
    output	Sys_Clk0,
    output	Sys_Clk0_Rst,
    output	Sys_Clk1,
    output	Sys_Clk1_Rst,
    output	Sys_Pclk,
    output	Sys_Pclk_Rst,
    input	Sys_PKfb_Clk,
    input	[31:0]FB_PKfbData,
    output	[31:0]WBs_WR_DAT,
    input	[3:0]FB_PKfbPush,
    input	FB_PKfbSOF,
    input	FB_PKfbEOF,
    output	[7:0]Sensor_Int,
    output	FB_PKfbOverflow,
    output	[23:0]TimeStamp,
    input	Sys_PSel,
    input	[15:0]SPIm_Paddr,
    input	SPIm_PEnable,
    input	SPIm_PWrite,
    input	[31:0]SPIm_PWdata,
    output	SPIm_PReady,
    output	SPIm_PSlvErr,
    output	[31:0]SPIm_Prdata,
    input	[15:0]Device_ID,
    input	[13:0]FBIO_In_En,
    input	[13:0]FBIO_Out,
    input	[13:0]FBIO_Out_En,
    output	[13:0]FBIO_In,
    inout 	[13:0]SFBIO,
    input   Device_ID_6S,
    input   Device_ID_4S,
    input   SPIm_PWdata_26S,
    input   SPIm_PWdata_24S,
    input   SPIm_PWdata_14S,
    input   SPIm_PWdata_11S,
    input   SPIm_PWdata_0S,
    input   SPIm_Paddr_8S,
    input   SPIm_Paddr_6S,
    input   FB_PKfbPush_1S,
    input   FB_PKfbData_31S,
    input   FB_PKfbData_21S,
    input   FB_PKfbData_19S,
    input   FB_PKfbData_9S,
    input   FB_PKfbData_6S,
    input   Sys_PKfb_ClkS,
    input   FB_BusyS,
    input   WB_CLKS);
	
qlal4s3b_cell_macro_bfm	 u_ASSP_bfm_inst(
		.WBs_ADR     (WBs_ADR),
        .WBs_CYC     (WBs_CYC),
        .WBs_BYTE_STB(WBs_BYTE_STB),
        .WBs_WE      (WBs_WE),
        .WBs_RD      (WBs_RD), 
        .WBs_STB     (WBs_STB),
        .WBs_WR_DAT  (WBs_WR_DAT),
        .WB_CLK      (WB_CLK),
        .WB_RST      (WB_RST),
        .WBs_RD_DAT  (WBs_RD_DAT),
        .WBs_ACK     (WBs_ACK),

        .SDMA_Req     (SDMA_Req),
        .SDMA_Sreq    (SDMA_Sreq),
        .SDMA_Done    (SDMA_Done),
        .SDMA_Active  (SDMA_Active),

        .FB_msg_out    (FB_msg_out),
        .FB_Int_Clr    (FB_Int_Clr),
        .FB_Start      (FB_Start),
        .FB_Busy       (FB_Busy),

        .Sys_Clk0      (Sys_Clk0),
        .Sys_Clk0_Rst  (Sys_Clk0_Rst),
        .Sys_Clk1      (Sys_Clk1),
        .Sys_Clk1_Rst  (Sys_Clk1_Rst),

        .Sys_PKfb_Clk     (Sys_PKfb_Clk),
        .Sys_PKfb_Rst     (Sys_PKfb_Rst),
        .FB_PKfbData      (FB_PKfbData),
        .FB_PKfbPush      (FB_PKfbPush),
        .FB_PKfbSOF       (FB_PKfbSOF),
        .FB_PKfbEOF       (FB_PKfbEOF),
        .FB_PKfbOverflow  (FB_PKfbOverflow),

        .Sensor_Int       (Sensor_Int),
        .TimeStamp        (TimeStamp),

        .Sys_Pclk        (Sys_Pclk),
        .Sys_Pclk_Rst    (Sys_Pclk_Rst),
        .Sys_PSel        (Sys_PSel),
        .SPIm_Paddr      (SPIm_Paddr),
        .SPIm_PEnable    (SPIm_PEnable),
        .SPIm_PWrite     (SPIm_PWrite),
        .SPIm_PWdata     (SPIm_PWdata),
        .SPIm_Prdata     (SPIm_Prdata),
        .SPIm_PReady     (SPIm_PReady),
        .SPIm_PSlvErr    (SPIm_PSlvErr),

        .Device_ID		 (Device_ID),

        .FBIO_In         (FBIO_In),
        .FBIO_In_En      (FBIO_In_En),
        .FBIO_Out        (FBIO_Out),
        .FBIO_Out_En     (FBIO_Out_En),

        .SFBIO              (SFBIO),
        .Device_ID_6S       (Device_ID_6S),
        .Device_ID_4S       (Device_ID_4S),
        .SPIm_PWdata_26S    (SPIm_PWdata_26S),
        .SPIm_PWdata_24S    (SPIm_PWdata_24S),
        .SPIm_PWdata_14S    (SPIm_PWdata_14S),
        .SPIm_PWdata_11S    (SPIm_PWdata_11S),
        .SPIm_PWdata_0S     (SPIm_PWdata_0S),
        .SPIm_Paddr_8S      (SPIm_Paddr_8S),
        .SPIm_Paddr_6S      (SPIm_Paddr_6S),
        .FB_PKfbPush_1S     (FB_PKfbPush_1S),
        .FB_PKfbData_31S    (FB_PKfbData_31S),
        .FB_PKfbData_21S    (FB_PKfbData_21S),
        .FB_PKfbData_19S    (FB_PKfbData_19S),
        .FB_PKfbData_9S     (FB_PKfbData_9S),
        .FB_PKfbData_6S     (FB_PKfbData_6S),
        .Sys_PKfb_ClkS      (Sys_PKfb_ClkS),
        .FB_BusyS           (FB_BusyS),
        .WB_CLKS            (WB_CLKS)
		);

endmodule